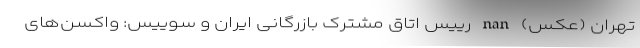
تهران (عکس) nan رییس اتاق مشترک بازرگانی ایران و سوییس: واکسن‌های